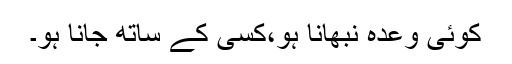
کوئی وعدہ نبھانا ہو،کسی کے ساتھ جانا ہو۔